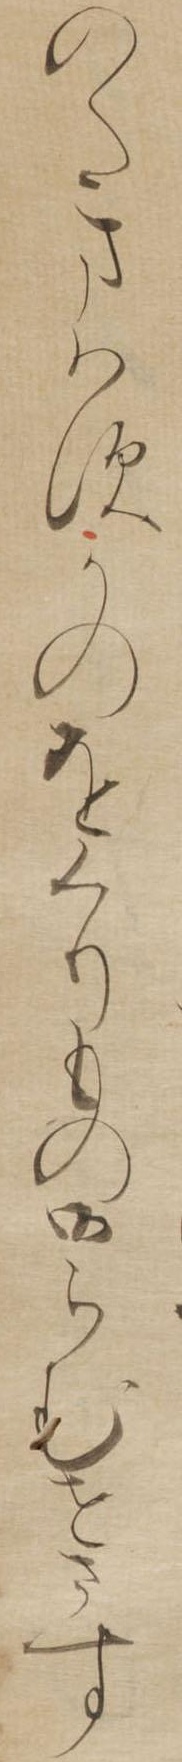
のたまはすかのをくりもの御らむせさす